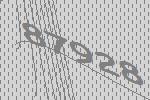
87928